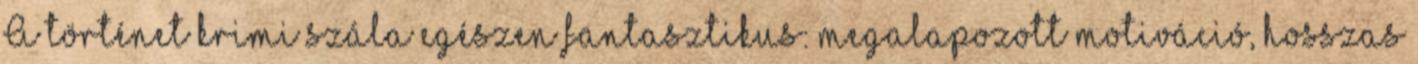
A történet krimi szála egészen fantasztikus: megalapozott motiváció, hosszas